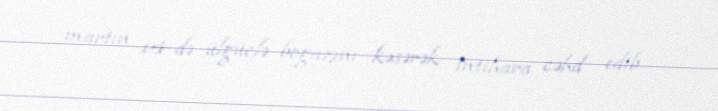
martın 14-də ülgüclə boğazını kəsərək intihara cəhd edib.